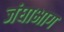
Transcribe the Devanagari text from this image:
जंघाभाग